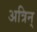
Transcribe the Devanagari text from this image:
अत्रिन्